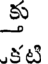
క